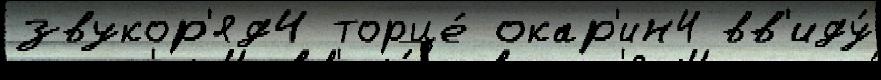
звукор'яд4 торце́ окар'ин4 вв'иду́